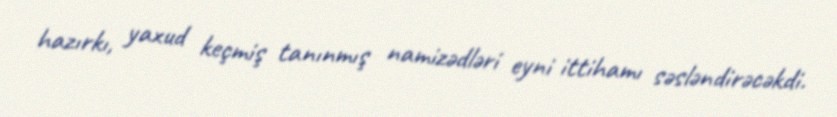
hazırkı, yaxud keçmiş tanınmış namizədləri eyni ittihamı səsləndirəcəkdi.